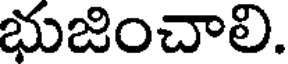
భుజించాలి.